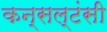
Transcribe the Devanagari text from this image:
कन्सल्टंसी